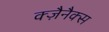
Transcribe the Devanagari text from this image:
क्ज़ैनैक्स